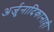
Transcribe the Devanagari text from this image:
अर्जुनादिकानाही